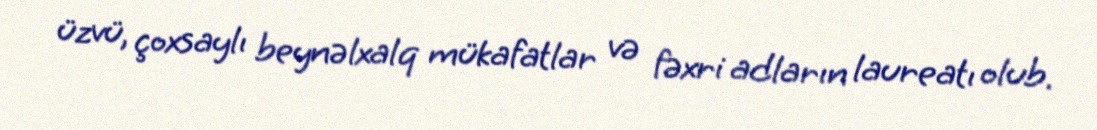
üzvü, çoxsaylı beynəlxalq mükafatlar və fəxri adların laureatı olub.